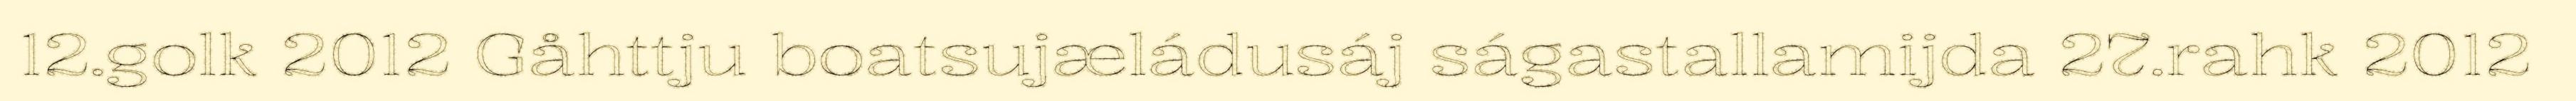
12.golk 2012 Gåhttju boatsujæládusáj ságastallamijda 27.rahk 2012